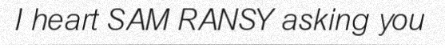
I heart SAM RANSY asking you